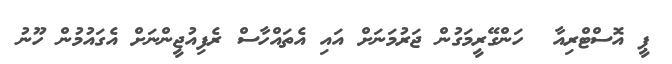
ޕީ އޮސްޓްރިއާ  ހަންގޭރީމަގުން ޖަރުމަނަށް އައި އެތައްހާސް ރެފިއުޖީންނަށް އެގައުމުން ހޫނު